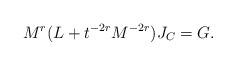
LaTeX: \begin{align*}M^r(L+t^{-2r}M^{-2r})J_{C} = G.\end{align*}